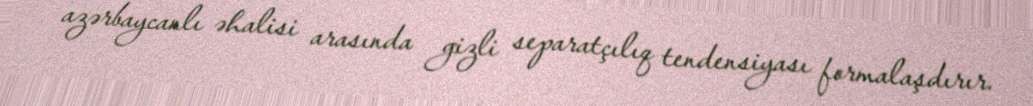
azərbaycanlı əhalisi arasında gizli separatçılıq tendensiyası formalaşdırır.